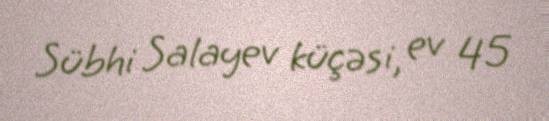
Sübhi Salayev küçəsi, ev 45